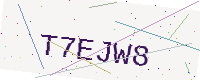
Text: T7EJW8